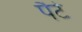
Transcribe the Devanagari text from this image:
पैटे